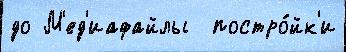
до М'ед'иафайлы  постро́йк'и